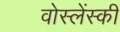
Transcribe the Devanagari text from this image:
वोस्लेंस्की